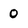
Character: 0